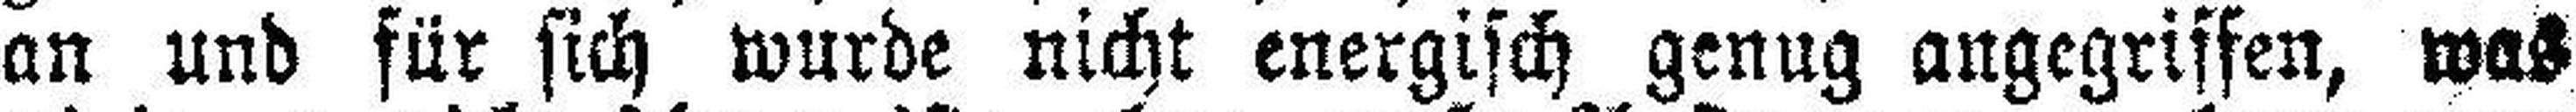
an und für sich wurde nicht energisch genug angegriffen, was